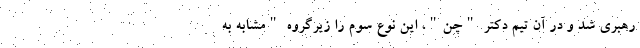
رهبری ‌شد و در آن تیم دکتر "چن"، این نوع سوم را زیرگروه "مشابه به